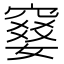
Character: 𫁙